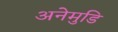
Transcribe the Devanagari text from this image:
अनेमुडि